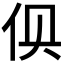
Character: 𰁬